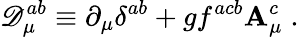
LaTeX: \mathscr{D}_{\mu}^{ab}\equiv\partial_{\mu}\delta^{ab}+gf^{acb}\mathbf{A}_{\mu}^{c}\; .